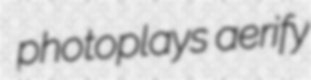
photoplays aerify